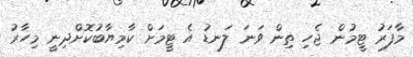
މާފަރު ޓީމުން ޖެހި ތިން ވަނަ ލަނޑު އެ ޓީމަށް ކާމިޔާބުކޮށްދިނީ މިހާރު